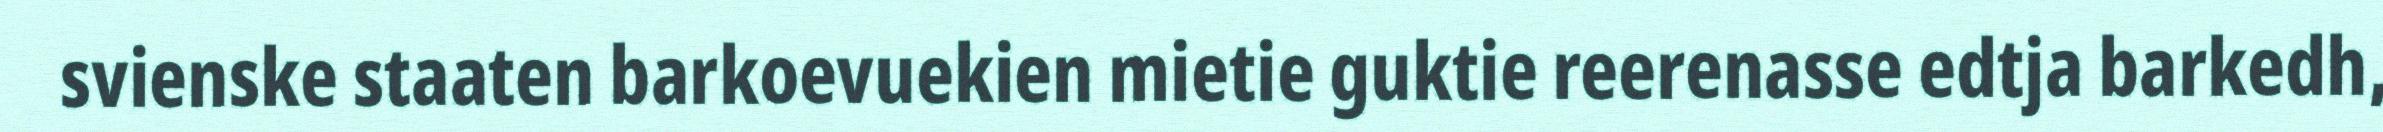
svienske staaten barkoevuekien mietie guktie reerenasse edtja barkedh,